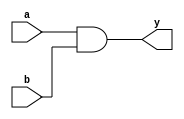
`timescale 1ns / 1ps



module AND_Gate(input a,b, output y);

assign y = a&b;
endmodule